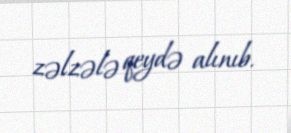
zəlzələ qeydə alınıb.